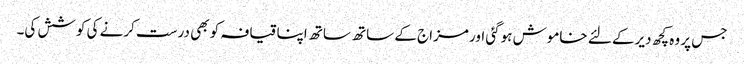
جس پر وہ کچھ دیرکے لئے خاموش ہوگئی اور مزاج کے ساتھ ساتھ اپنا قیافہ کو بھی درست کرنے کی کوشش کی۔